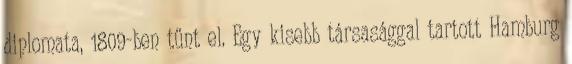
diplomata, 1809-ben tűnt el. Egy kisebb társasággal tartott Hamburg